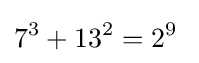
7^{3}+13^{2}=2^{9}\;